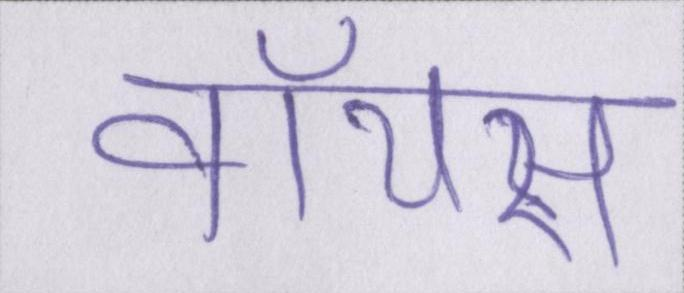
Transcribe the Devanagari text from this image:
वॉयस